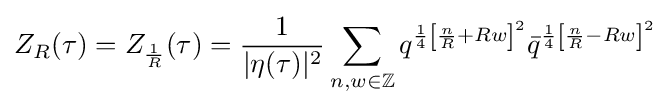
Z_{R}(\tau )=Z_{\frac {1}{R}}(\tau )={\frac {1}{|\eta (\tau )|^{2}}}\sum _{n,w\in \mathbb {Z} }q^{{\frac {1}{4}}\left[{\frac {n}{R}}+Rw\right]^{2}}{\bar {q}}^{{\frac {1}{4}}\left[{\frac {n}{R}}-Rw\right]^{2}}